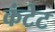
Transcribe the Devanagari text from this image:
कंटेट